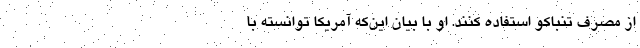
از مصرف تنباکو استفاده کنند. او با بیان این‌که آمریکا توانسته با